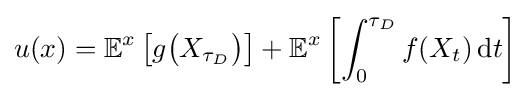
u(x)=\mathbb {E} ^{x}\left[g{\big (}X_{\tau _{D}}{\big )}\right]+\mathbb {E} ^{x}\left[\int _{0}^{\tau _{D}}f(X_{t})\,\mathrm {d} t\right]